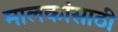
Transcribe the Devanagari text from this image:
मालकांसाठी